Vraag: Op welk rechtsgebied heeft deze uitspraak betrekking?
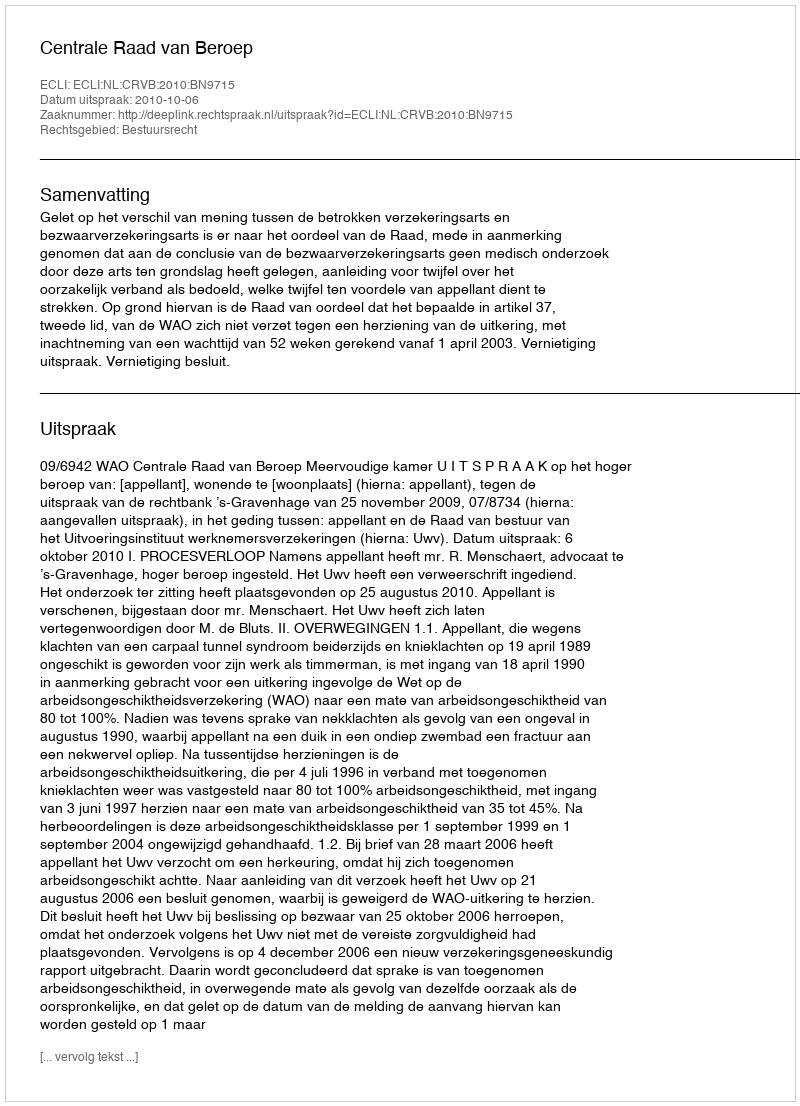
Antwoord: Bestuursrecht